Vaccination in Bombay 1856-1862 - 1856-1862
Year: 1856
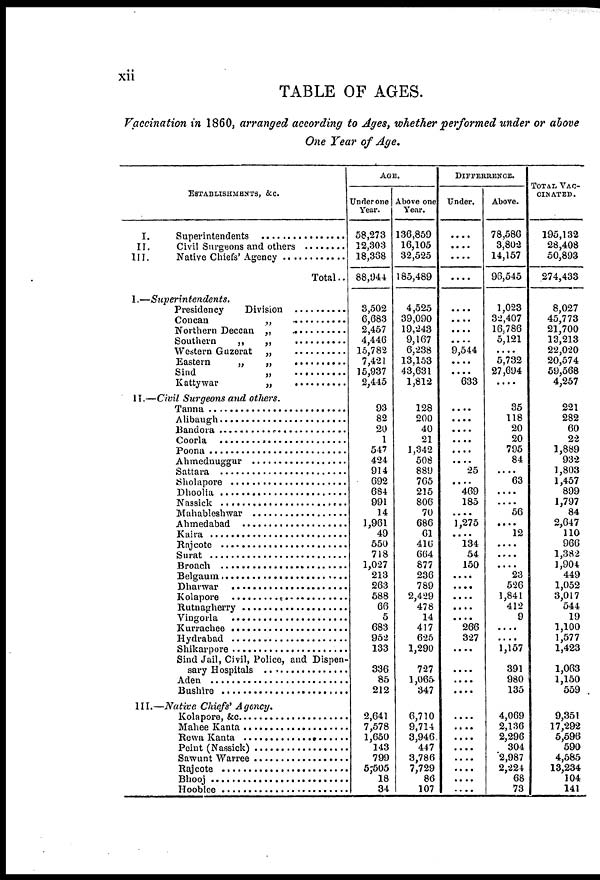
xii
TABLE OF AGES.
Vaccination in 1860, arranged according to Ages, whether performed under or above
One Year of Age.
ESTABLISHMENTS, &c.
I. Sperientendents ................
II. Civil Surgeons and others ........
III. Native Chiefs' Agency ..........
Total..
I.—Superintendents.
Presidency Division ..........
Concan „ ..........
Northern Deccan „ .........
Southern „ „ ..........
Western Guzerat „ ..........
Eastern „ „ ..........
Sind „ ..........
Kattywar „ ..........
II.—Civil Surgeons and others.
Tanna ........................
Alibaugh ......................
Bandora ..................
Coorla ................
Poona ..................
Ahmednuggur ................
Sattara ....................
Sholapore ......................
Dhoolia ........................
Nassick ........................
Mahableshwar ................
Ahmedabad ....................
Kaira ........................
Rajcote ........................
Surat ....................
Broach ....................
Belgaum ....................
Dharwar ....................
Kolapore .....................
Rutnagherry ................
Vingorla ....................
Kurrachee ....................
Hydrabad ....................
Shikarpore ....................
Sind Jail, Civil, Police, and Dispen¬
sary Hospital ................
Aden ........................
Bushire ..................
III.—Native Chiefs' Agency.
Kolapore, &c.................
Mahee Kanta ................
Rewa kanta ................
Peint (Nassick) ................
Sawunt Warree ................
Rajcot ....................
Bhooj ......................
Hooblee ..................
AGE.
Under one
Year.
58,273
12,303
18,368
88,944
3,502
6,683
2,457
4,446
15,782
7,421
15,937
2,445
93
82
20
1
547
424
914
692
684
991
14
1,961
49
550
718
1,027
213
263
588
66
5
683
952
133
336
85
212
2,641
7,578
1,650
143
799
5,505
18
34
Above one
Year.
136,859
16,105
32,525
185,489
4,525
39,090
19,243
9,167
6,238
13,153
43,631
1,812
128
200
40
21
1,342
508
889
765
215
806
70
686
61
416
664
877
236
789
2,429
478
14
417
625
1,290
727
1,065
347
6,710
9,714
3,946
447
3,786
7,729
86
107
DIFFERRENCE.
Under.
....
....
....
....
....
....
....
....
9,544
....
....
633
....
....
....
....
....
....
25
....
469
185
....
1,275
....
134
54
150
....
....
....
....
....
266
327
....
....
....
....
....
....
....
....
....
....
....
....
Above.
78,586
3,802
14,157
96,545
1,023
32,407
16,786
5,121
....
5,732
27,694
....
35
118
20
20
795
84
....
63
....
....
56
....
12
....
....
....
23
526
1,841
412
9
....
....
1,157
391
980
135
4,069
2,136
2,296
304
2,987
2,224
68
73
TOTAL VAC-
-------.
195,132
28,408
50,893
274,433
8,027
45,773
21,700
13,213
22,020
20,574
59,568
4,257
221
282
60
22
1,889
932
1,803
1,457
899
1,797
84
2,647
110
966
1,382
1,904
449
1,052
3,017
544
19
1,100
1,577
1,423
1,063
1,150
559
9,351
17,292
5,596
590
4,585
13,234
104
141